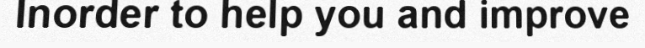
Inorder to help you and improve